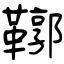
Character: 鞹